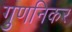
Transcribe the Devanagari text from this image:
गुणनिकर